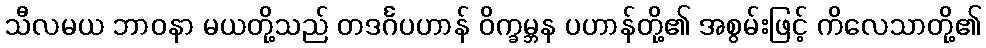
သီလမယ ဘာဝနာ မယတို့သည် တဒင်္ဂပဟာန် ဝိက္ခမ္ဘန ပဟာန်တို့၏ အစွမ်းဖြင့် ကိလေသာတို့၏